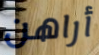
أراهن